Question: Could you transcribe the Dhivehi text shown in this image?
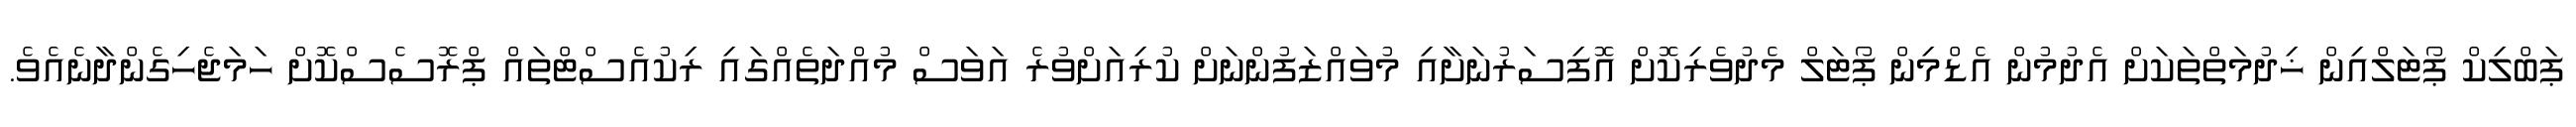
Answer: ޕަބްލިކް ޕޯޓަލްއިން ޚިދުމަތްތަކަށް އެދުމުން އެޑްމިން ޕޯޓަލް މެދުވެރިކޮށް އޮފިސަރުނަށާއި މުވައްޒަފުންނަށް ކުރިއަށްވުރެ އަވަސް މުއްދަތެއްގައި ރިކުއެސްޓްތައް ޕްރޮސެސްކޮށް ހަމަޖެހިގެންދާނެއެވެ.